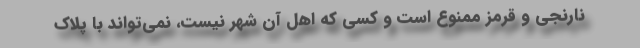
نارنجی و قرمز ممنوع است و کسی که اهل آن شهر نیست، نمی‌تواند با پلاک